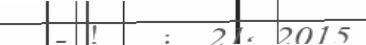
- !   :  21